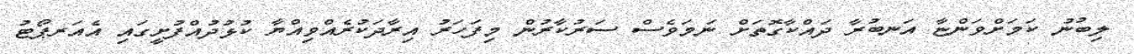
ލިބުނު ކަމަށްވަންޏާ އަނބުރާ ދައްކާގޮތަށް ނަމަވެސް ސަރުކާރުން މިފަހަރު އިރާދަކުރެއްވިއްޔާ ކުޅުދުއްފުށީގައި އެއަރޕޯޓު